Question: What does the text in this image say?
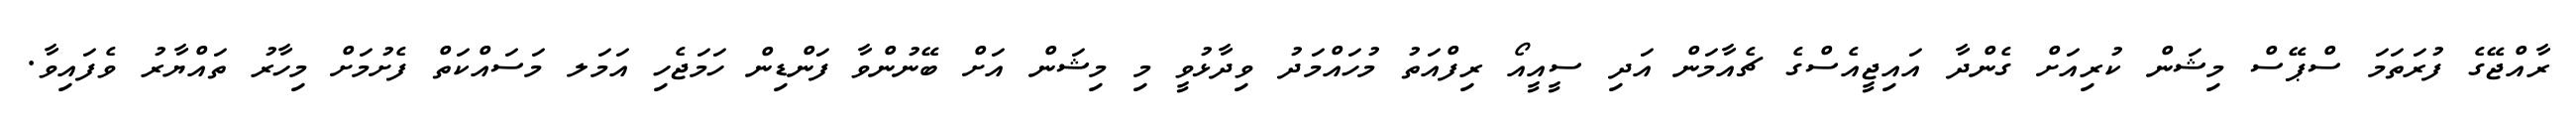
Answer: ރާއްޖޭގެ ފުރަތަމަ ސްޕޭސް މިޝަން ކުރިއަށް ގެންދާ އައިޖީއެސްގެ ޗެއާމަން އަދި ސީއީއޯ ރިފްއަތު މުހައްމަދު ވިދާޅުވީ މި މިޝަން އަށް ބޭނުންވާ ފަންޑިން ހަމަޖެހި އަމަލ މަސައްކަތް ފެށުމަށް މިހާރު ތައްޔާރު ވެފައިވާ.